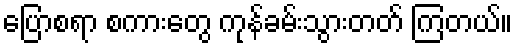
ပြောစရာ စကားတွေ ကုန်ခမ်းသွားတတ် ကြတယ်။